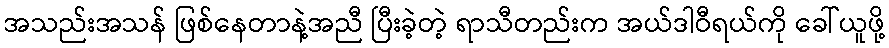
အသည်းအသန် ဖြစ်နေတာနဲ့အညီ ပြီးခဲ့တဲ့ ရာသီတည်းက အယ်ဒါဝီရယ်ကို ခေါ်ယူဖို့